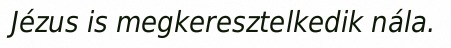
Jézus is megkeresztelkedik nála.